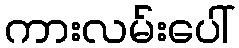
ကားလမ်းပေါ်